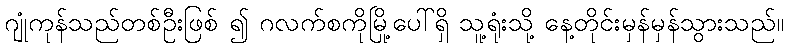
ဂျုံကုန်သည်တစ်ဦးဖြစ် ၍ ဂလက်စကိုမြို့ပေါ်ရှိ သူ့ရုံးသို့ နေ့တိုင်းမှန်မှန်သွားသည်။